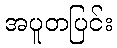
အပူတပြင်း